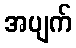
အပျက်